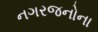
નગરજનોના